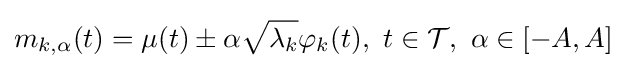
m_{k,\alpha }(t)=\mu (t)\pm \alpha {\sqrt {\lambda _{k}}}\varphi _{k}(t),\ t\in {\mathcal {T}},\ \alpha \in [-A,A]